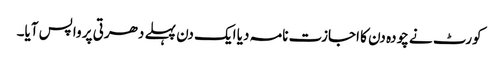
کورٹ نے چودہ دن کا اجازت نامہ دیا ایک دن پہلے دھرتی پر واپس آیا۔